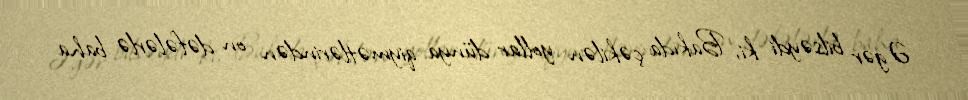
Əgər bilsəydi ki, Bakıda çəkilən yollar dünya qiymətlərindən on dəfələrlə baha